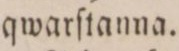
qwarſtanna.